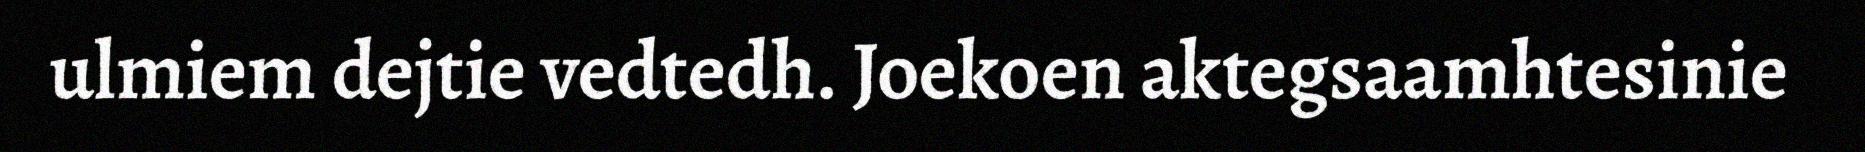
ulmiem dejtie vedtedh. Joekoen aktegsaamhtesinie